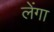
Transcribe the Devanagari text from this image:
लेंगा